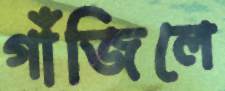
গাঁজিলে